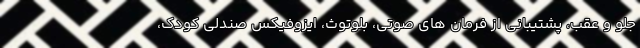
جلو و عقب، پشتیبانی از فرمان های صوتی، بلوتوث، ایزوفیکس صندلی کودک،